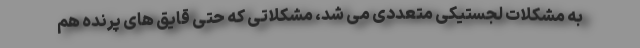
به مشکلات لجستیکی متعددی می شد، مشکلاتی که حتی قایق های پرنده هم